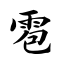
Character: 雹